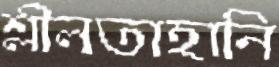
শ্লীলতাহানি